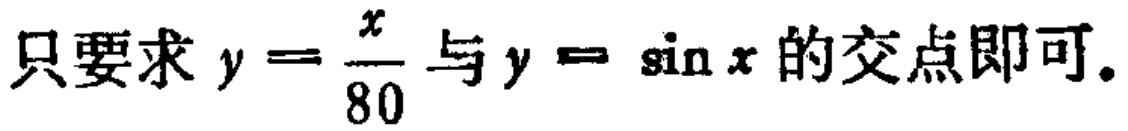
只要求\(y = \frac{x}{80}\)与\(y = \sin x\)的交点即可。